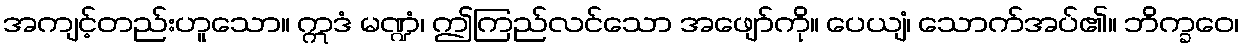
အကျင့်တည်းဟူသော။ ဣဒံ မဏ္ဍံ၊ ဤကြည်လင်သော အဖျော်ကို။ ပေယျံ၊ သောက်အပ်၏။ ဘိက္ခဝေ၊